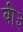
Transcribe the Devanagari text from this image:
बी३